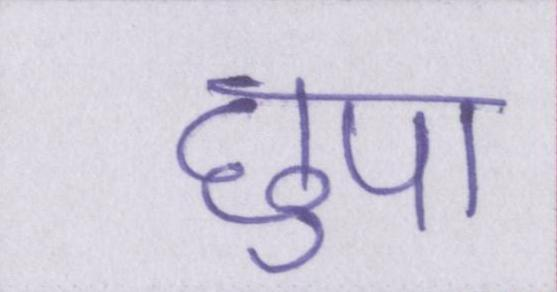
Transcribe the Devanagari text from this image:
छुपा